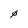
Character: 0